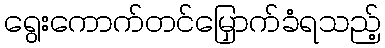
ရွေးကောက်တင်မြှောက်ခံရသည့်